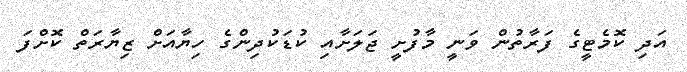
އަދި ކޮމެޓީގެ ފަރާތުން ވަނީ މާފުށީ ޖަލަށާއި ކުޑަކުދިންގެ ހިޔާއަށް ޒިޔާރަތް ކޮށްފަ